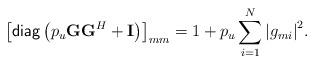
LaTeX: \begin{align*}{\left[ {{\sf diag}\left( {{p_u}{\bf{G}}{{\bf{G}}^H} + {\bf{I}}} \right)} \right]_{mm}} = 1 + {p_u}\sum\limits_{i = 1}^N {{{\left| {{g_{mi}}} \right|}^2}}.\end{align*}